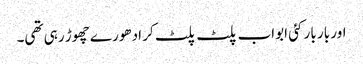
اور بار بار کئی ابواب پلٹ پلٹ کر ادھورے چھوڑ رہی تھی۔